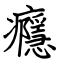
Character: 癮